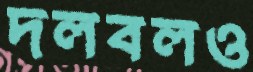
দলবলও